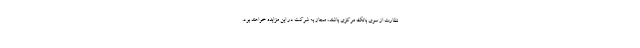
نظارت از سوی بانک مرکزی باشند، مجاز به شرکت در این مزایده خواهند بود.